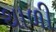
થાળી